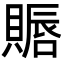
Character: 䞅